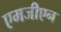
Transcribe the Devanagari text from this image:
एमजीएन